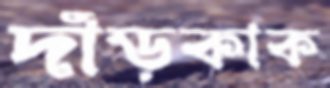
দাঁড়কাক